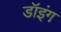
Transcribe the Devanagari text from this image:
डॉइंग